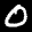
Label: 0